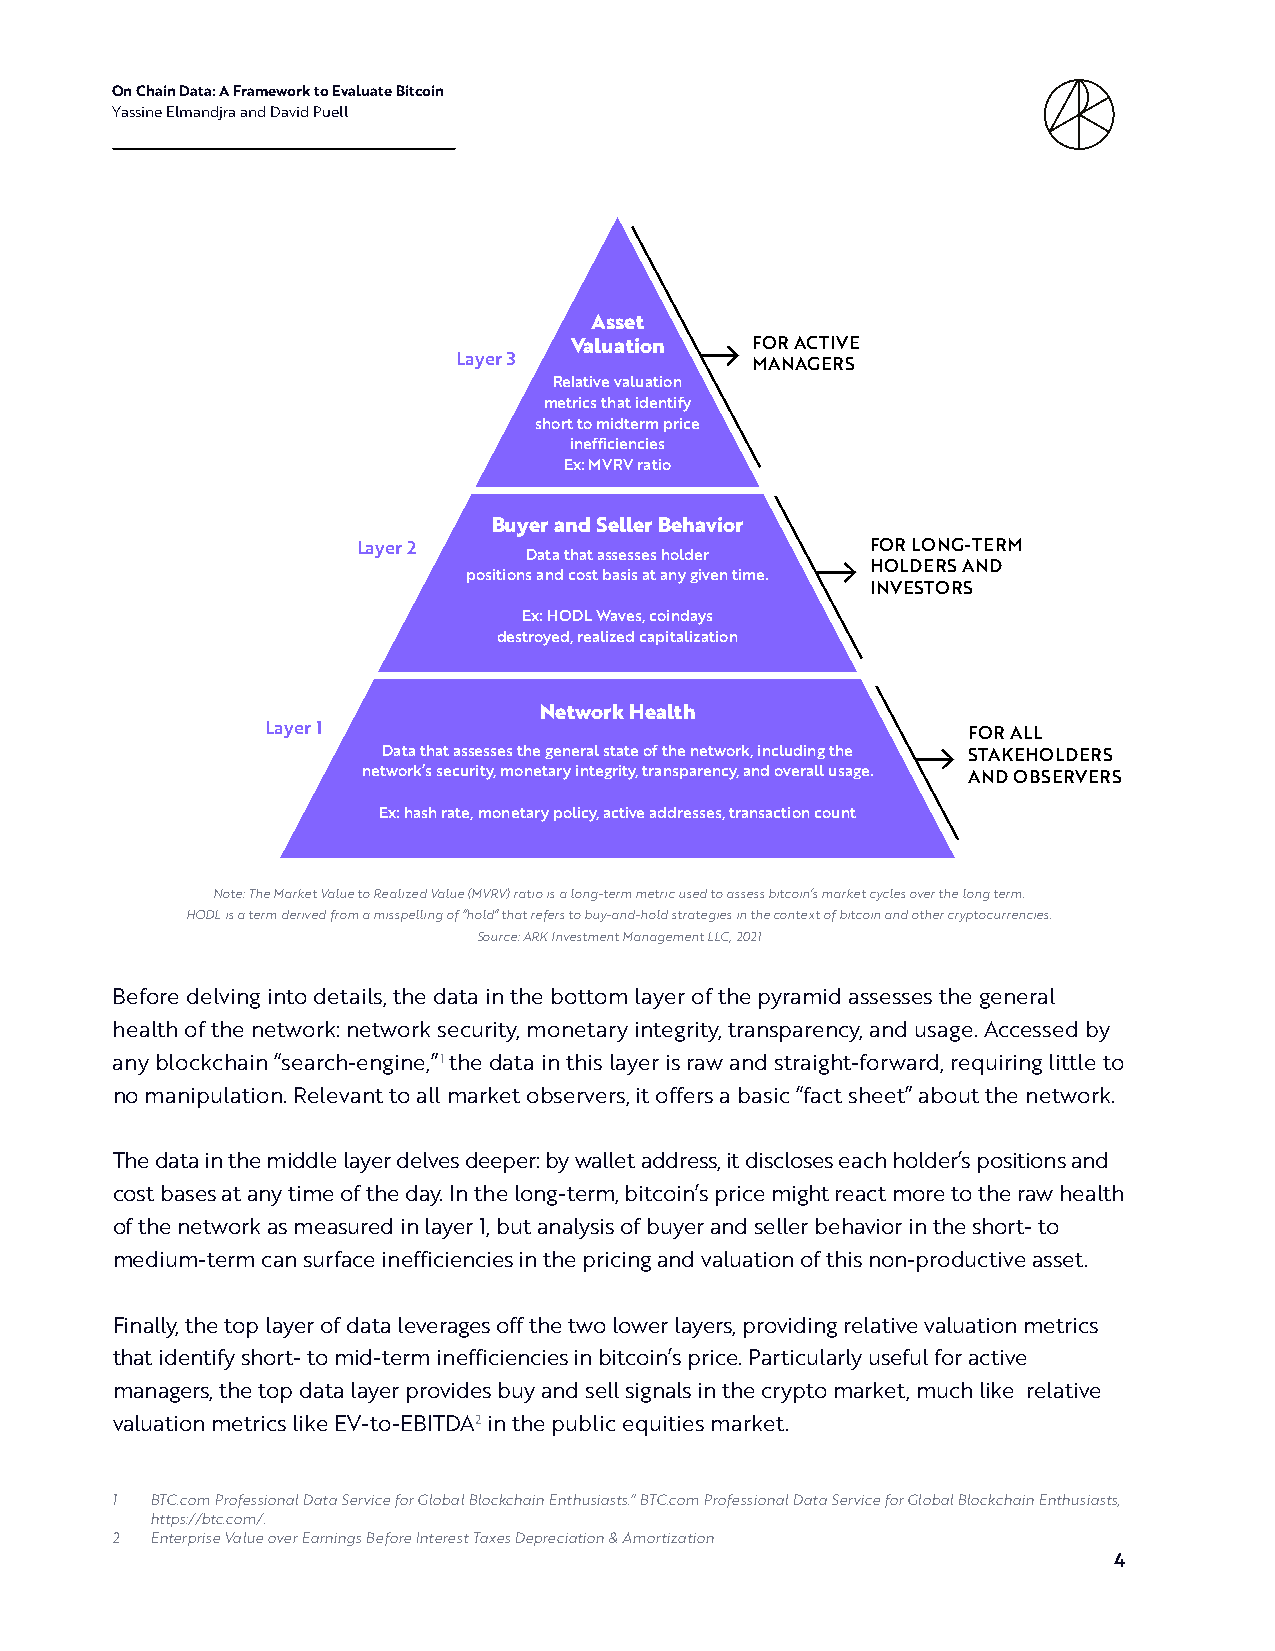
On Chain Data: A Framework to Evaluate Bitcoin
 Yassine Elmandjra and David Puell
 Asset
 Valuation   FOR ACTIVE
 Layer 3             MANAGERS
 Relative valuation
 metrics that identify
 short to midterm price
 inefficiencies
 Ex: MVRV ratio
 Buyer and Seller Behavior
 Layer 2                           FOR LONG-TERM
 Data that assesses holder
 HOLDERS AND
 positions and cost basis at any given time.
 INVESTORS
 Ex: HODL Waves, coindays
 destroyed, realized capitalization
 Network Health
 Layer 1                                       FOR ALL
 Data that assesses the general state of the network, including the STAKEHOLDERS
 network’s security, monetary integrity, transparency, and overall usage. AND OBSERVERS
 Ex: hash rate, monetary policy, active addresses, transaction count
 Note: The Market Value to Realized Value (MVRV) ratio is a long-term metric used to assess bitcoin’s market cycles over the long term.
 HODL is a term derived from a misspelling of “hold” that refers to buy-and-hold strategies in the context of bitcoin and other cryptocurrencies.
 Source: ARK Investment Management LLC, 2021
 Before delving into details, the data in the bottom layer of the pyramid assesses the general
 health of the network: network security, monetary integrity, transparency, and usage. Accessed by
 any blockchain “search-engine,”1 the data in this layer is raw and straight-forward, requiring little to
 no manipulation. Relevant to all market observers, it offers a basic “fact sheet” about the network.
 The data in the middle layer delves deeper: by wallet address, it discloses each holder’s positions and
 cost bases at any time of the day. In the long-term, bitcoin’s price might react more to the raw health
 of the network as measured in layer 1, but analysis of buyer and seller behavior in the short- to
 medium-term can surface inefficiencies in the pricing and valuation of this non-productive asset.
 Finally, the top layer of data leverages off the two lower layers, providing relative valuation metrics
 that identify short- to mid-term inefficiencies in bitcoin’s price. Particularly useful for active
 managers, the top data layer provides buy and sell signals in the crypto market, much like relative
 valuation metrics like EV-to-EBITDA2 in the public equities market.
 1  BTC.com Professional Data Service for Global Blockchain Enthusiasts.” BTC.com Professional Data Service for Global Blockchain Enthusiasts,
 https://btc.com/.
 2  Enterprise Value over Earnings Before Interest Taxes Depreciation & Amortization
 4